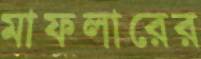
মাফলারের